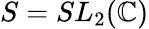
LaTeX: S=SL_{2}(\mathbb{C})